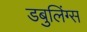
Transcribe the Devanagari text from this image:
डबुलिंग्स